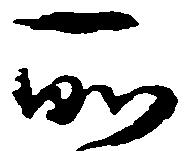
所